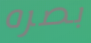
بصره